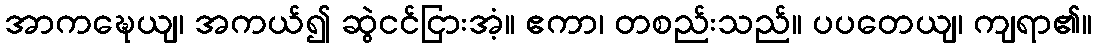
အာကဍ္ဎေယျ၊ အကယ်၍ ဆွဲငင်ငြားအံ့။ ဧကာ၊ တစည်းသည်။ ပပတေယျ၊ ကျရာ၏။